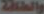
والطاقة